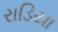
રાડિયા